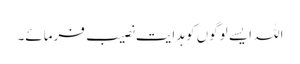
اللہ ایسے لوگوں کو ہدایت نصیب فرمائے۔